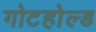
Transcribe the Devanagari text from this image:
गोटहोल्ड